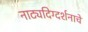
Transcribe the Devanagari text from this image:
नाट्यदिग्दर्शनाचे